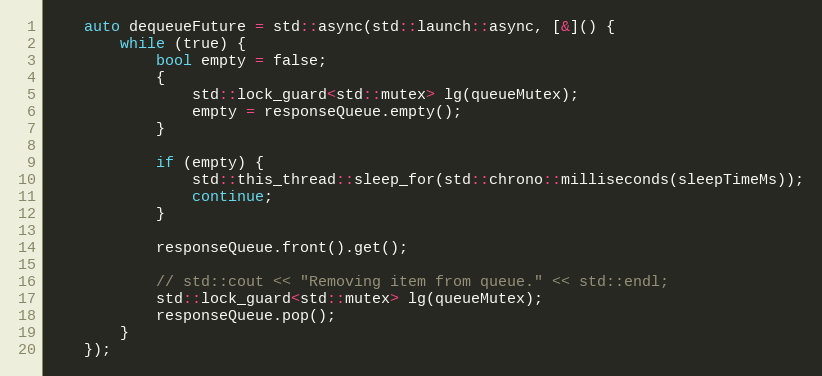
Language: C++
    auto dequeueFuture = std::async(std::launch::async, [&]() {
        while (true) {
            bool empty = false;
            {
                std::lock_guard<std::mutex> lg(queueMutex);
                empty = responseQueue.empty();
            }

            if (empty) {
                std::this_thread::sleep_for(std::chrono::milliseconds(sleepTimeMs));
                continue;
            }

            responseQueue.front().get();

            // std::cout << "Removing item from queue." << std::endl;
            std::lock_guard<std::mutex> lg(queueMutex);
            responseQueue.pop();
        }
    });